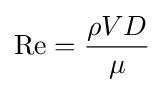
\operatorname {Re} ={\rho VD \over \mu }